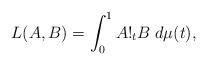
LaTeX: \begin{align*}L(A,B)=\int_0^1A!_tB\;d\mu(t),\end{align*}